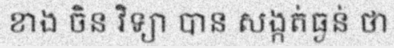
ខាង ចិន វិទ្យា បាន សង្កត់ធ្ងន់ ថា